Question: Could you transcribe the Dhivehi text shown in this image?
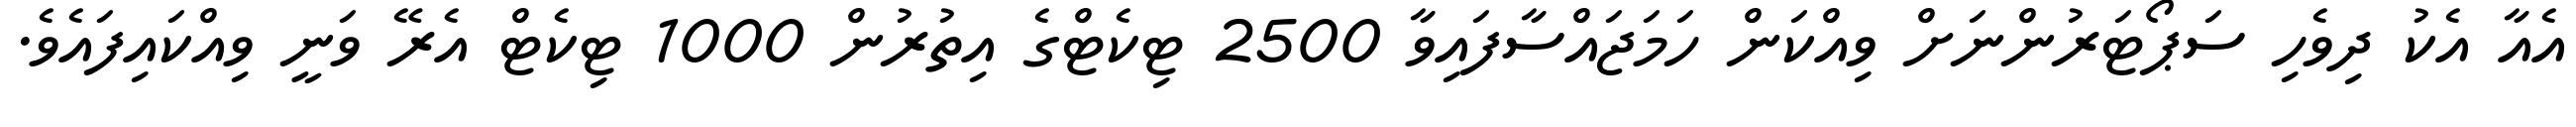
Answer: އެއާ އެކު ދިވެހި ސަޕޯޓަރުންނަށް ވިއްކަން ހަމަޖައްސާފައިވާ 2500 ޓިކެޓްގެ އިތުރުން 1000 ޓިކެޓް އެރޭ ވަނީ ވިއްކައިފައެވެ.